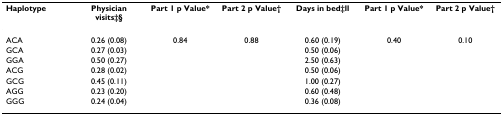
| Haplotype | Physician visits‡§ | Part 1 p Value* | Part 2 p Value† | Days in bed‡ll | Part 1 p Value* | Part 2 p Value† |
 | --- | --- | --- | --- | --- | --- | --- |
 | ACA | 0.26 (0.08) | 0.84 | 0.88 | 0.60 (0.19) | 0.40 | 0.10 |
 | GCA | 0.27 (0.03) |  |  | 0.50 (0.06) |  |  |
 | GGA | 0.50 (0.27) |  |  | 2.50 (0.63) |  |  |
 | ACG | 0.28 (0.02) |  |  | 0.50 (0.06) |  |  |
 | GCG | 0.45 (0.11) |  |  | 1.00 (0.27) |  |  |
 | AGG | 0.23 (0.20) |  |  | 0.60 (0.48) |  |  |
 | GGG | 0.24 (0.04) |  |  | 0.36 (0.08) |  |  |